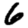
Digit: 6